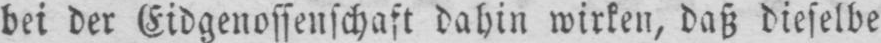
bei der Eidgenossenschaft dahin wirken, daß dieselbe